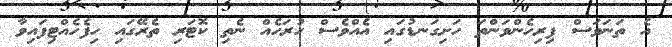
އެ ތަނަވަސް ފިރިހެންވަންތަ ހަށިގަނޑުގައި އެއްވެސް ހުރަހެއް ނެތި ކޮޓަރި ތެރޭގައި ހިފެހެއްޓިފައިވާ